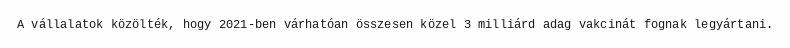
A vállalatok közölték, hogy 2021-ben várhatóan összesen közel 3 milliárd adag vakcinát fognak legyártani.